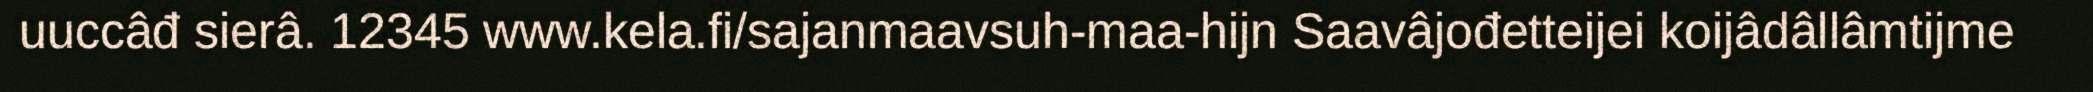
uuccâđ sierâ. 12345 www.kela.fi/sajanmaavsuh-maa-hijn Saavâjođetteijei koijâdâllâmtijme